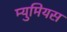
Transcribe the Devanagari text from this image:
म्युमियस